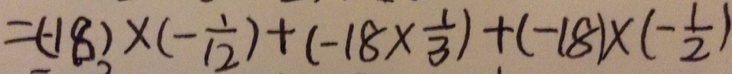
= ( - 1 8 ) \times ( - \frac { 1 } { 1 2 } ) + ( - 1 8 \times \frac { 1 } { 3 } ) + ( - 1 8 ) \times ( - \frac { 1 } { 2 } )